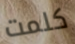
كلمت